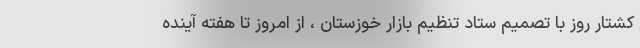
کشتار روز با تصمیم ستاد تنظیم بازار خوزستان ، از امروز تا هفته آینده